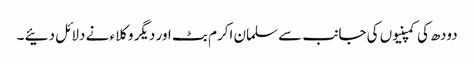
دودھ کی کمپنیوں کی جانب سے سلمان اکرم بٹ اور دیگر وکلاء نے دلائل دئیے ۔